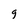
Character: 9